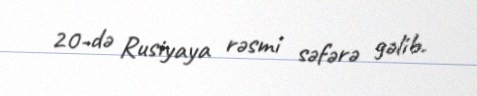
20-də Rusiyaya rəsmi səfərə gəlib.